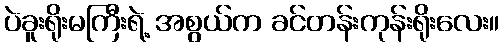
ပဲခူးရိုးမကြီးရဲ့ အစွယ်က ခင်တန်းကုန်းရိုးလေး။